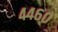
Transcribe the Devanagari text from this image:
४४६०